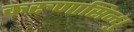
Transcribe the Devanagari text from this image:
करुणासिन्धु